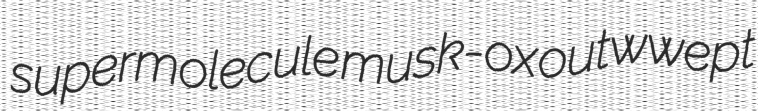
supermolecule musk-ox outwwept